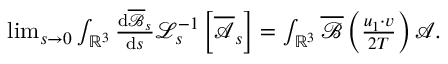
\begin{array} { r } { \operatorname* { l i m } _ { s \rightarrow 0 } \int _ { \mathbb { R } ^ { 3 } } \frac { \mathrm { d } \overline { \mathscr { B } } _ { s } } { \mathrm { d } s } \mathcal { L } _ { s } ^ { - 1 } \left[ \overline { { \mathscr { A } } } _ { s } \right] = \int _ { \mathbb { R } ^ { 3 } } \overline { \mathscr { B } } \left( \frac { u _ { 1 } \cdot v } { 2 T } \right) \mathscr { A } . } \end{array}